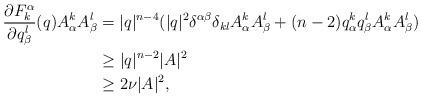
LaTeX: \begin{align*}\frac{\partial F_k^\alpha}{\partial q_\beta^l}(q) A_\alpha^k A_\beta^l & = |q|^{n-4} (|q|^2 \delta^{\alpha \beta}\delta_{kl} A_\alpha^k A_\beta^l + (n-2) q_\alpha^k q_\beta^l A_\alpha^k A_\beta^l)\\& \geq |q|^{n-2}|A|^2 \\& \geq 2 \nu |A|^2,\end{align*}